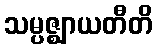
သမ္ပဇ္ဈာယတီတိ